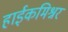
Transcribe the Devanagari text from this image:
हाईकमिश्नर